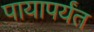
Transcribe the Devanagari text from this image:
पायापर्यंत